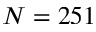
N = 2 5 1